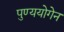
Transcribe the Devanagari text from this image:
पुण्ययोगेन